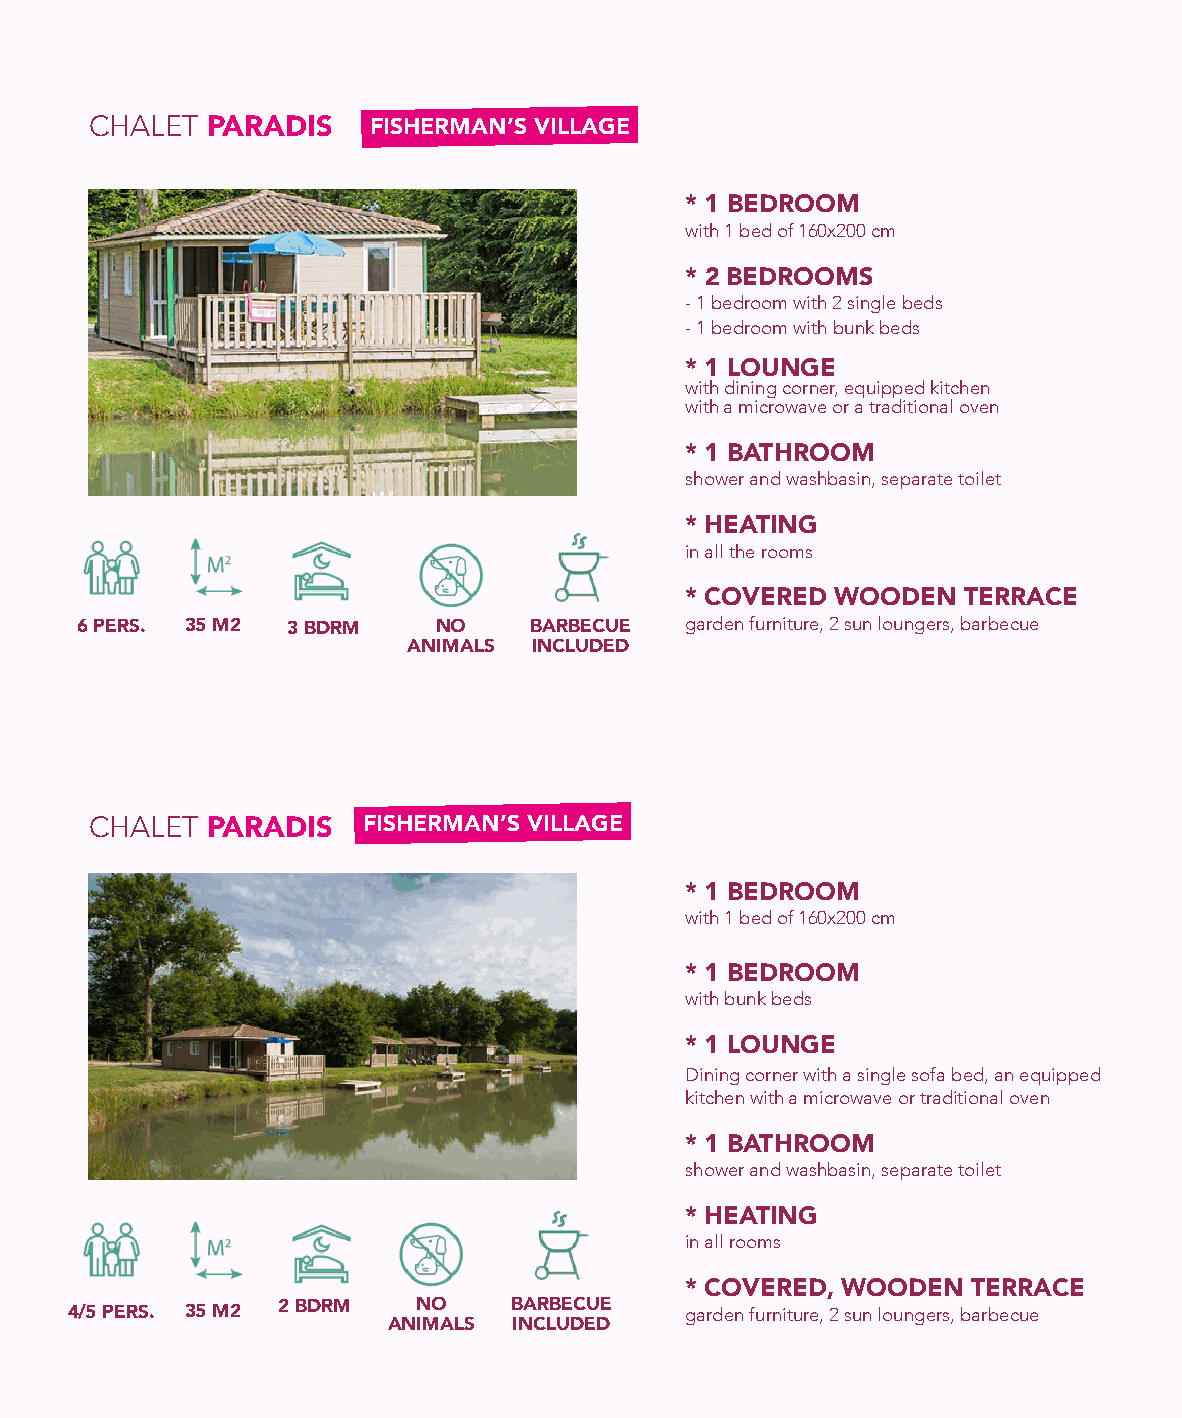
CHALET  PARADIS   FISHERMAN’S VILLAGE
 * 1 BEDROOM
 with 1 bed of 160x200 cm
 * 2 BEDROOMS
 - 1 bedroom with 2 single beds
 - 1 bedroom with bunk beds
 * 1 LOUNGE
 with dining corner, equipped kitchen
 with a microwave or a traditional oven
 * 1 BATHROOM
 shower and washbasin, separate toilet
 * HEATING
 in all the rooms
 * COVERED WOODEN   TERRACE
 6 PERS. 35 M2 3 BDRM    NO    BARBECUE  garden furniture, 2 sun loungers, barbecue
 ANIMALS INCLUDED
 CHALET  PARADIS   FISHERMAN’S VILLAGE
 * 1 BEDROOM
 with 1 bed of 160x200 cm
 * 1 BEDROOM
 with bunk beds
 * 1 LOUNGE
 Dining corner with a single sofa bed, an equipped
 kitchen with a microwave or traditional oven
 * 1 BATHROOM
 shower and washbasin, separate toilet
 * HEATING
 in all rooms
 * COVERED, WOODEN  TERRACE
 4/5 PERS. 35 M2 2 BDRM  NO    BARBECUE   garden furniture, 2 sun loungers, barbecue
 ANIMALS INCLUDED